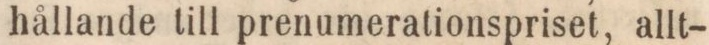
hållande till prenumerationspriset, allt-